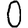
Digit: 0